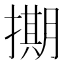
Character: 𭢘